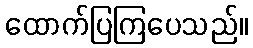
ထောက်ပြကြပေသည်။